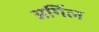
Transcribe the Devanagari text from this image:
अर्गिल